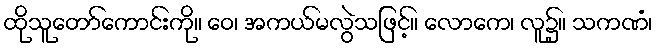
ထိုသူတော်ကောင်းကို။ ဝေ၊ အကယ်မလွဲသဖြင့်။ လောကေ၊ လူ၌။ သကဏံ၊